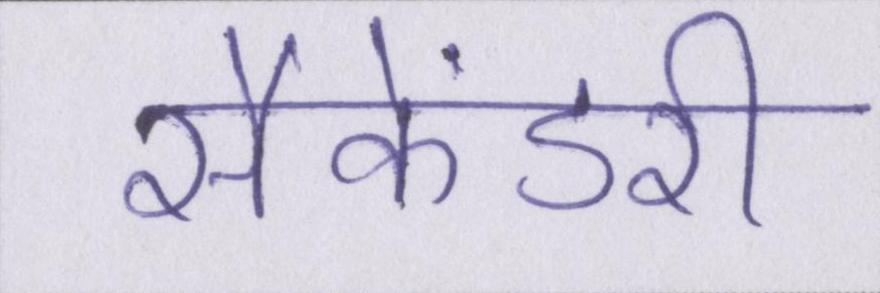
सैकेंडरी